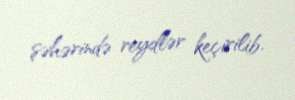
şəhərində reydlər keçirilib.